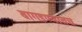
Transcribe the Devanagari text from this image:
बागडण्यातच